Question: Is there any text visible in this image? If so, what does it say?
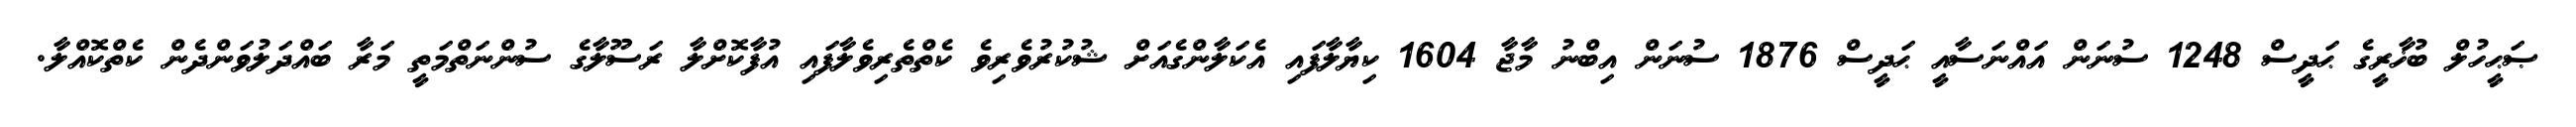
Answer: ޞަޙީހުލް ބުޚާރީގެ ޙަދީސް 1248 ސުނަން އައްނަސާއީ ޙަދީސް 1876 ސުނަން އިބްނު މާޖާ 1604 ކިޔާލާފައި އެކަލާންގެއަށް ޝުކުރުވެރިވެ ކެތްތެރިވެލާފައި އުފާކޮށްލާ ރަސޫލާގެ ސުންނަތްމަތީ މަރާ ބައްދަލުވަންދެން ކެތްކޮއްލާ.